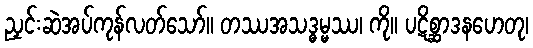
ညှင်းဆဲအပ်ကုန်လတ်သော်။ တဿအသဒ္ဓမ္မဿ၊ ကို။ ပဋိစ္ဆာဒနဟေတု၊